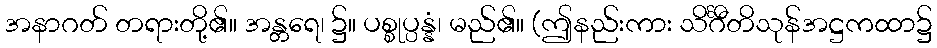
အနာဂတ် တရားတို့၏။ အန္တရေ၊ ၌။ ပစ္စုပ္ပန္နံ၊ မည်၏။ (ဤနည်းကား သိင်္ဂီတိသုန်အဋ္ဌကထာ၌